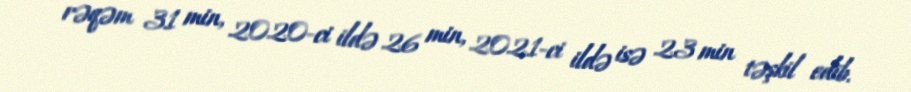
rəqəm 31 min, 2020-ci ildə 26 min, 2021-ci ildə isə 23 min təşkil edib.